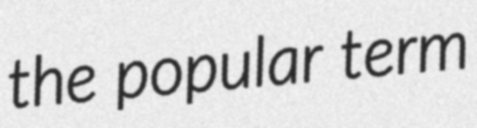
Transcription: the popular term